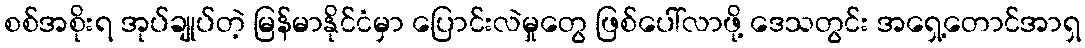
စစ်အစိုးရ အုပ်ချုပ်တဲ့ မြန်မာနိုင်ငံမှာ ပြောင်းလဲမှုတွေ ဖြစ်ပေါ်လာဖို့ ဒေသတွင်း အရှေ့တောင်အာရှ